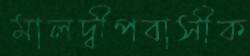
মালদ্বীপবাসীক